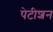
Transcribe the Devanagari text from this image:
पेटीशन